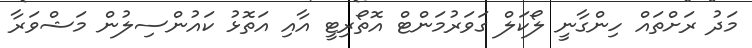
މަދު ރަށްތައް ހިންގާނީ ލޯކަލް ގަވަރުމަންޓް އޮތޯރިޓީ އާއި އަތޮޅު ކައުންސިލުން މަޝްވަރާ